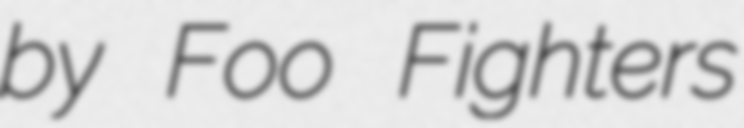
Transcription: by Foo Fighters